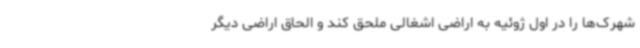
شهرک‌ها را در اول ژوئیه به اراضی اشغالی ملحق کند و الحاق اراضی دیگر